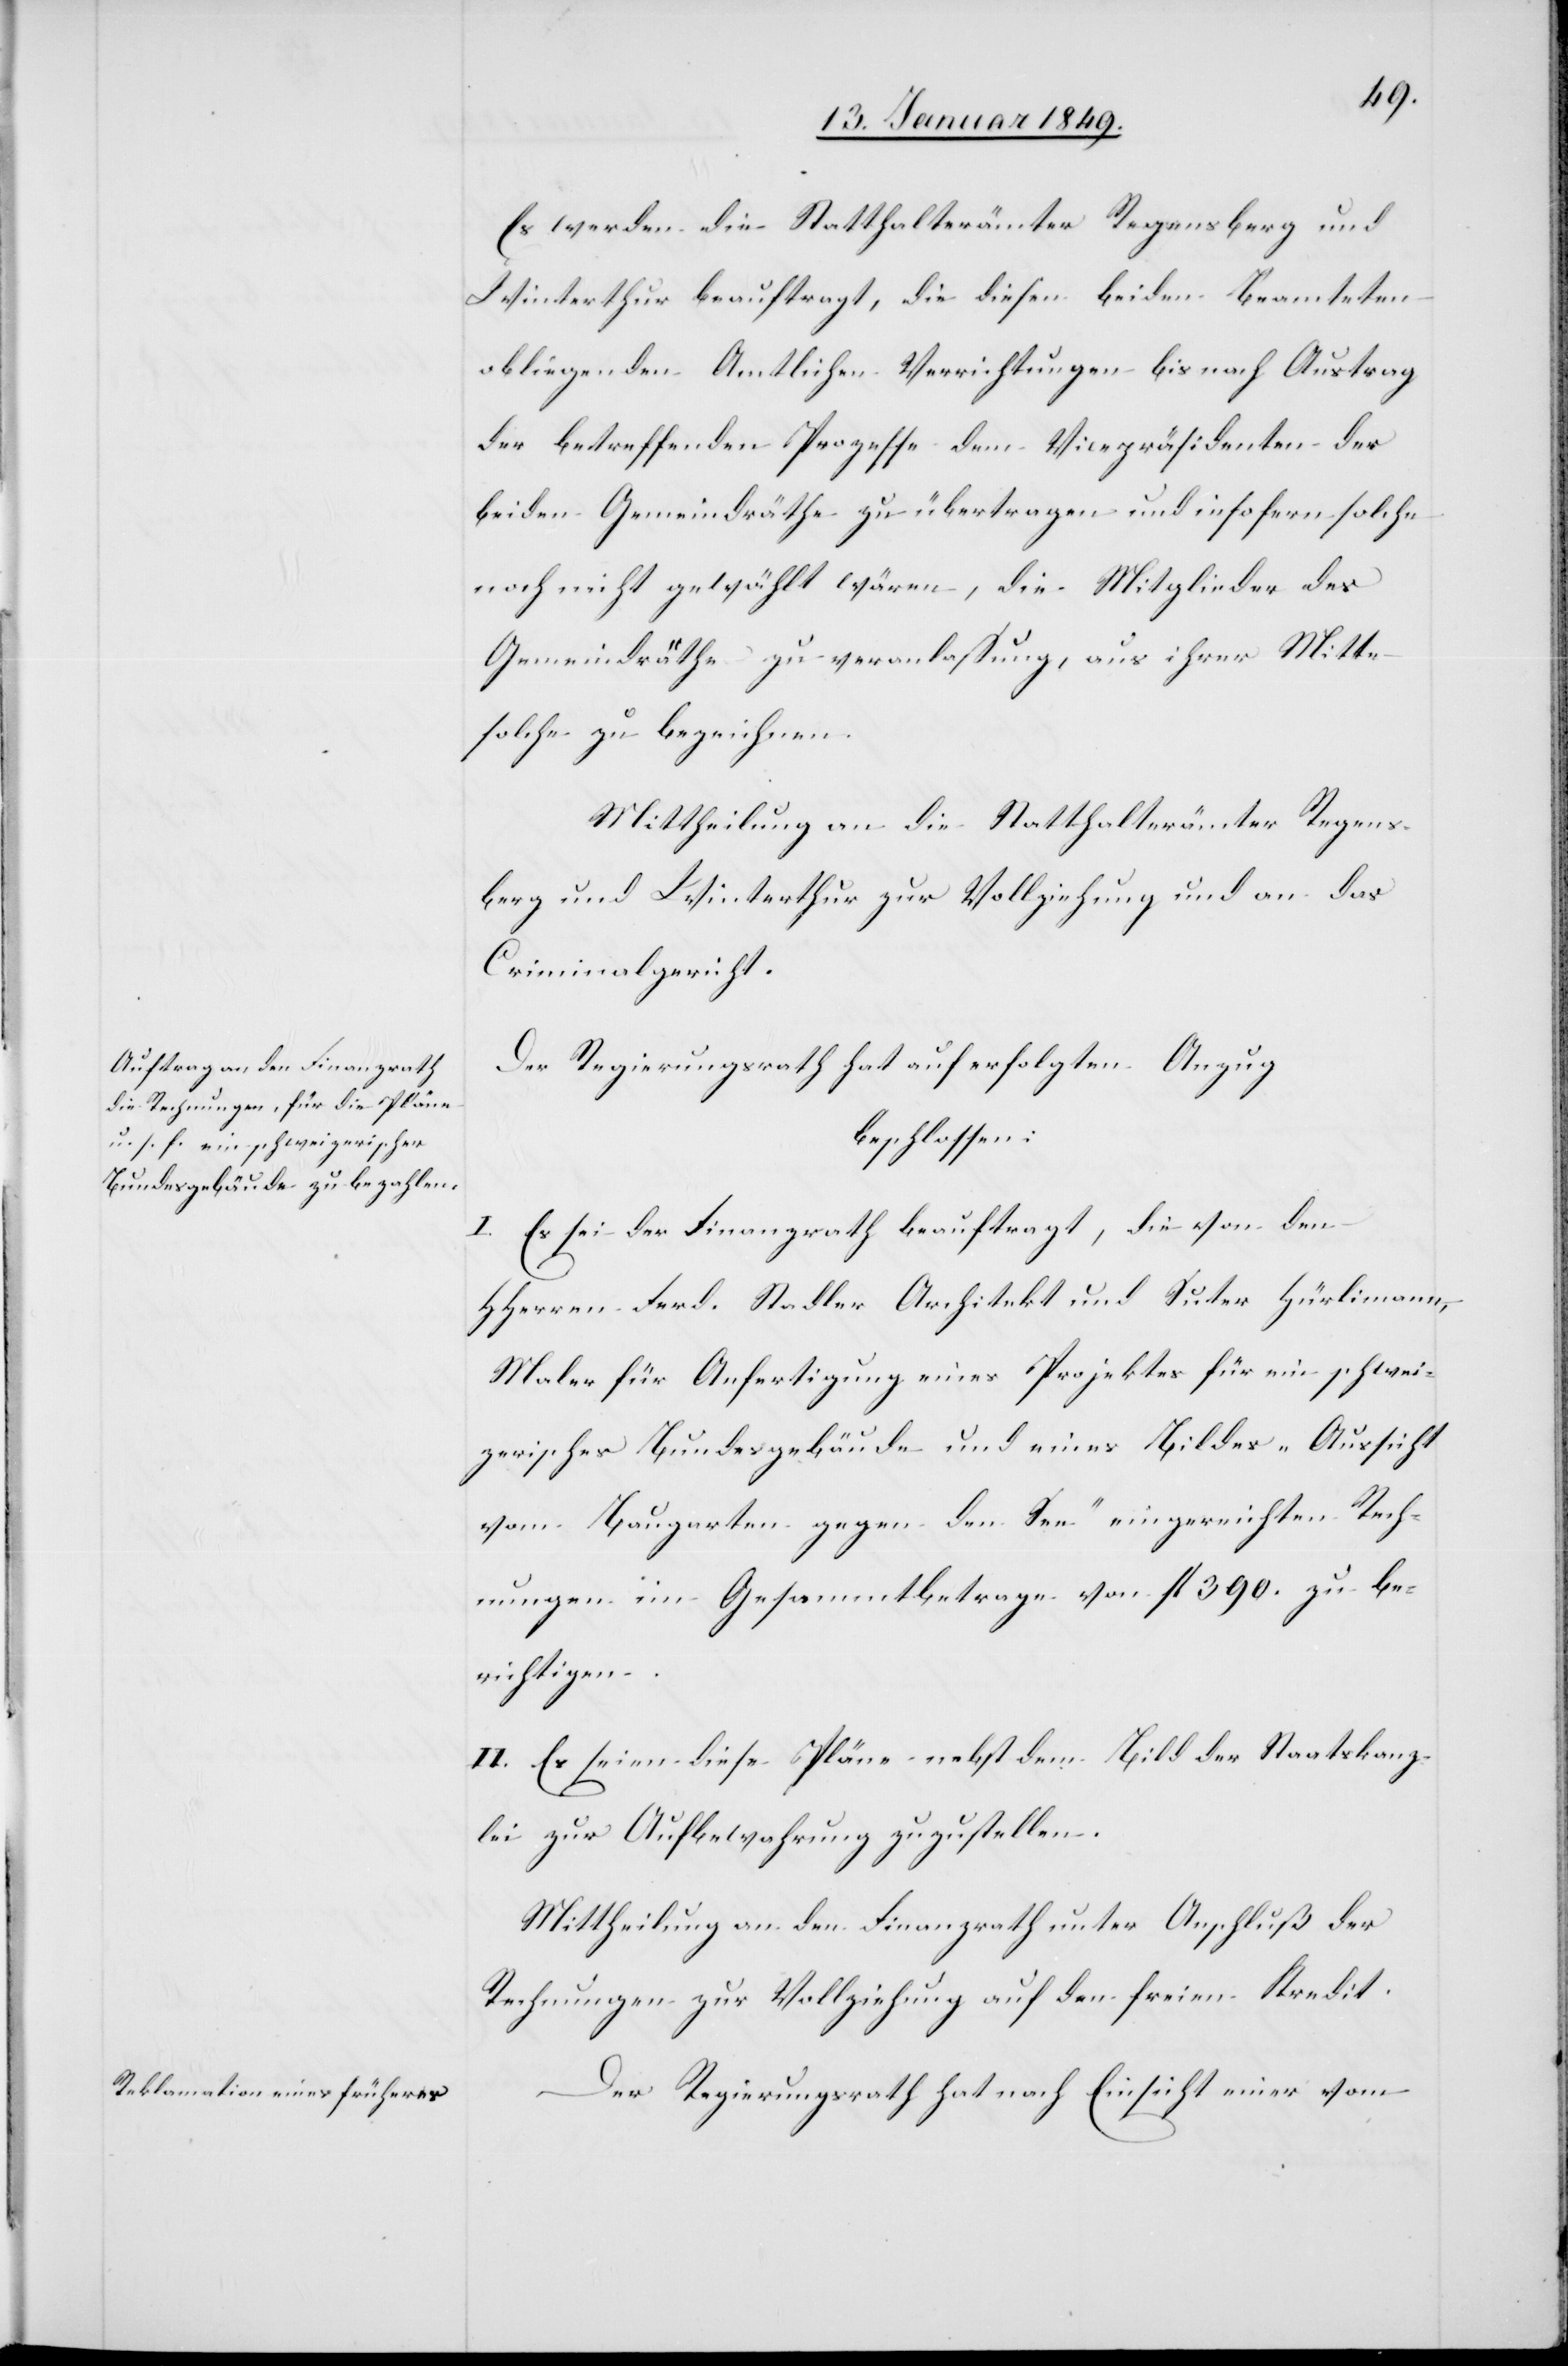
Es werden die Statthalterämter Regensberg und
Winterthur beauftragt, die diesen beiden Beamteten
obliegenden Amtlichen Verrichtungen bis nach Austrag
der betreffenden Prozesse dem Vicepräsidenten der
beiden Gemeindräthe zu übertragen und insofern solche
noch nicht gewählt wären, die Mitglieder der
Gemeindräthe zu veranlassung [sic!], aus ihrer Mitte
solche zu bezeichnen.
Mittheilung an die Statthalterämter Regens¬
berg und Winterthur zur Vollziehung und an das
Criminalgericht.
Der Regierungsrath hat auf erfolgten Anzug
beschlossen:
Es sei der Finanzrath beauftragt, die von den
HHerren Ferd. Stadler Architekt und Suter Hürlimann,
Maler für Anfertigung eines Projektes für ein schwei¬
zerisches Bundesgebäude und eines Bildes „Aussicht
vom Baugarten gegen den See“ eingereichten Rech¬
nungen im Gesamtbetrage von fl. 390. zu be¬
richtigen.
II. Es seien diese Pläne nebst dem Bild der Staatskanz¬
lei zur Aufbewahrung zuzustellen.
Mittheilung an den Finanzrath unter Anschluß der
Rechnungen zur Vollziehung auf den freien Kredit.
Der Regierungsrath hat nach Einsicht einer vom